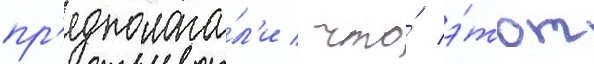
пр'едполага́л'и / что́ э́тот